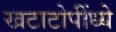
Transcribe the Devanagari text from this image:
खटाटोपींध्ये